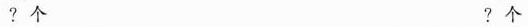
？个 ？个